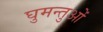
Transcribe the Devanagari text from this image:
घुमन्तुओं